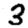
Digit: 3